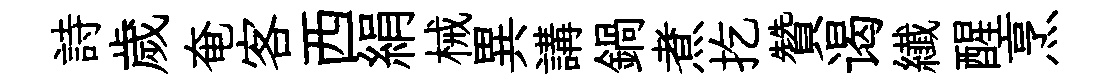
詩歲奄客西絹械異講鍋煮扢贊谒纎醒烹